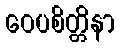
ဝေပစိတ္တိနာ